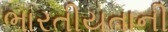
ભારતીયતાની